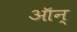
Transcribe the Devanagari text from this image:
ऑन्